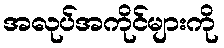
အလုပ်အကိုင်များကို